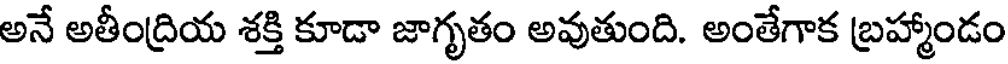
అనే అతీంద్రియ శక్తి కూడా జాగృతం అవుతుంది. అంతేగాక బ్రహ్మాండం